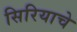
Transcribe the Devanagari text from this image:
सिरियाचे